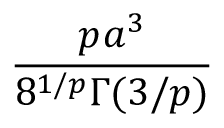
\displaystyle \frac { p \! \: a ^ { 3 } } { 8 ^ { 1 / p } \Gamma ( 3 / p ) }